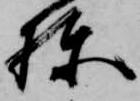
棟